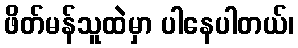
ဖိတ်မန်သူထဲမှာ ပါနေပါတယ်၊